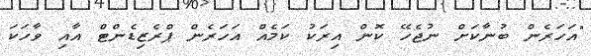
"އަހަރެން ބުނާކަށް ނުޖެހޭ ކޮން އިރަކު ކަމެއް އަހަރެން ޕްރެޒިޑެންޓް އާއި ވާހަކަ